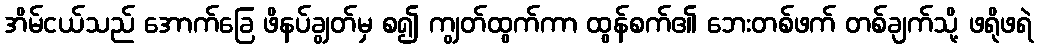
အိမ်ငယ်သည် အောက်ခြေ ဖိနပ်ချွတ်မှ စ၍ ကျွတ်ထွက်ကာ ထွန်စက်၏ ဘေးတစ်ဖက် တစ်ချက်သို့ ဖရိုဖရဲ